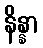
နိန္နာ